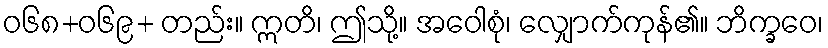
ဝ၆၈+၀၆၉+ တည်း။ ဣတိ၊ ဤသို့။ အဝေါစုံ၊ လျှောက်ကုန်၏။ ဘိက္ခဝေ၊